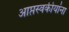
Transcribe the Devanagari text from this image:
आप्तस्वकीयांना